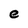
Character: e